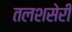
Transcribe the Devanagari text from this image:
तलशसेरी